Annual report on the mental hospital in the Central Provinces and Berar (Nagpur) - 1927-1951
Year: 1927
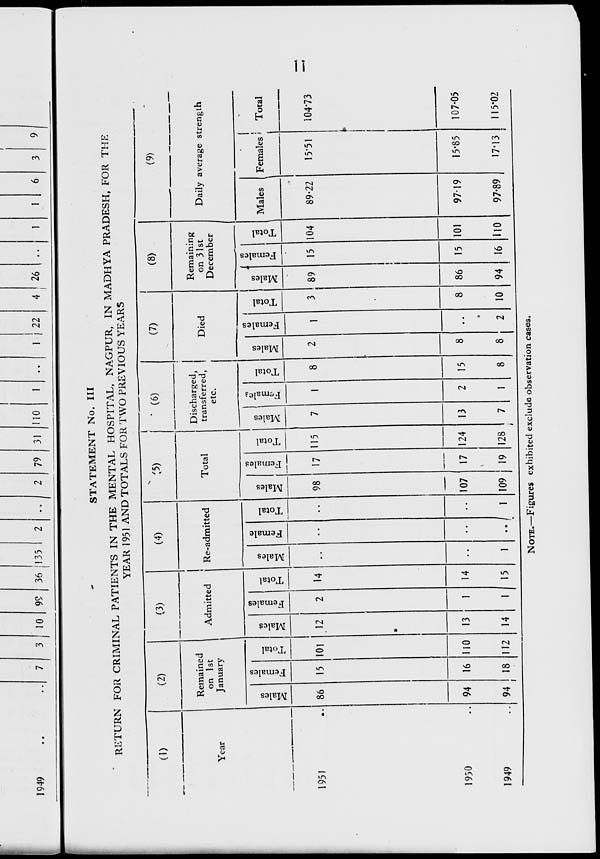
1949
..
7
3 10 99 36 135
79 31
10
1
22
4 26
STATEMENT No. Ill
RETURN FOR CRIMINAL PATIENTS IN THE MENTAL HOSPITAL, NAGPUR, IN MADHYA PRADESH, FOR THE
YEAR 1951 AND TOTALS FOR TWO PREVIOUS YEARS
(1)
(2)
(3)
(4)
" ^5)
' (6)
(7)
(8)
(9)
trength
Year
Remained
on 1st
January
Admitted
Re-admitted
Total
Discharged,
transferred,
etc.
Died
Remaining
on 31st
December
Daily average s
CO
a
86
94
94
i
CO
cs
e
V
15
16
18
"3
h
101
110
112
to
12
•
13
14
co
l
s
1)
2
1
'i
"5
o
h
14
14
15
CO
u
"c3
s
1
0)
*«
E u
to
••I
o
H
1
CO
Hi
98
107
109
so
o
£ u
to
17
17
19
"3
+->
o
h
115
124
128
CO
7
CD
3
£
13
to
1
*3 ■M
O
H
8
15
8
CO
<u
2
8
8
CO
|
U
"od
e
to
1
2
"e3
+->
O
h
3
8
10
0>
"3
s
89
CO
1
3
s s
to
15
*3
o
104
Males Females
Total
1951
89-22
15*51
104*73
i
1950
1949
13
7
2
1
86
94
15
16
101
110
97-19
97-89
15-85
17-13
107-05
115*02
NOTE.—Figures exhibited exclude observation cases.